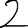
Digit: 2